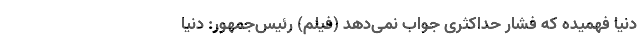
دنيا فهميده که فشار حداکثری جواب نمی‌دهد (فیلم) رئیس‌جمهور: دنيا